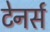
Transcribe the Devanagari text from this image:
टेनर्स